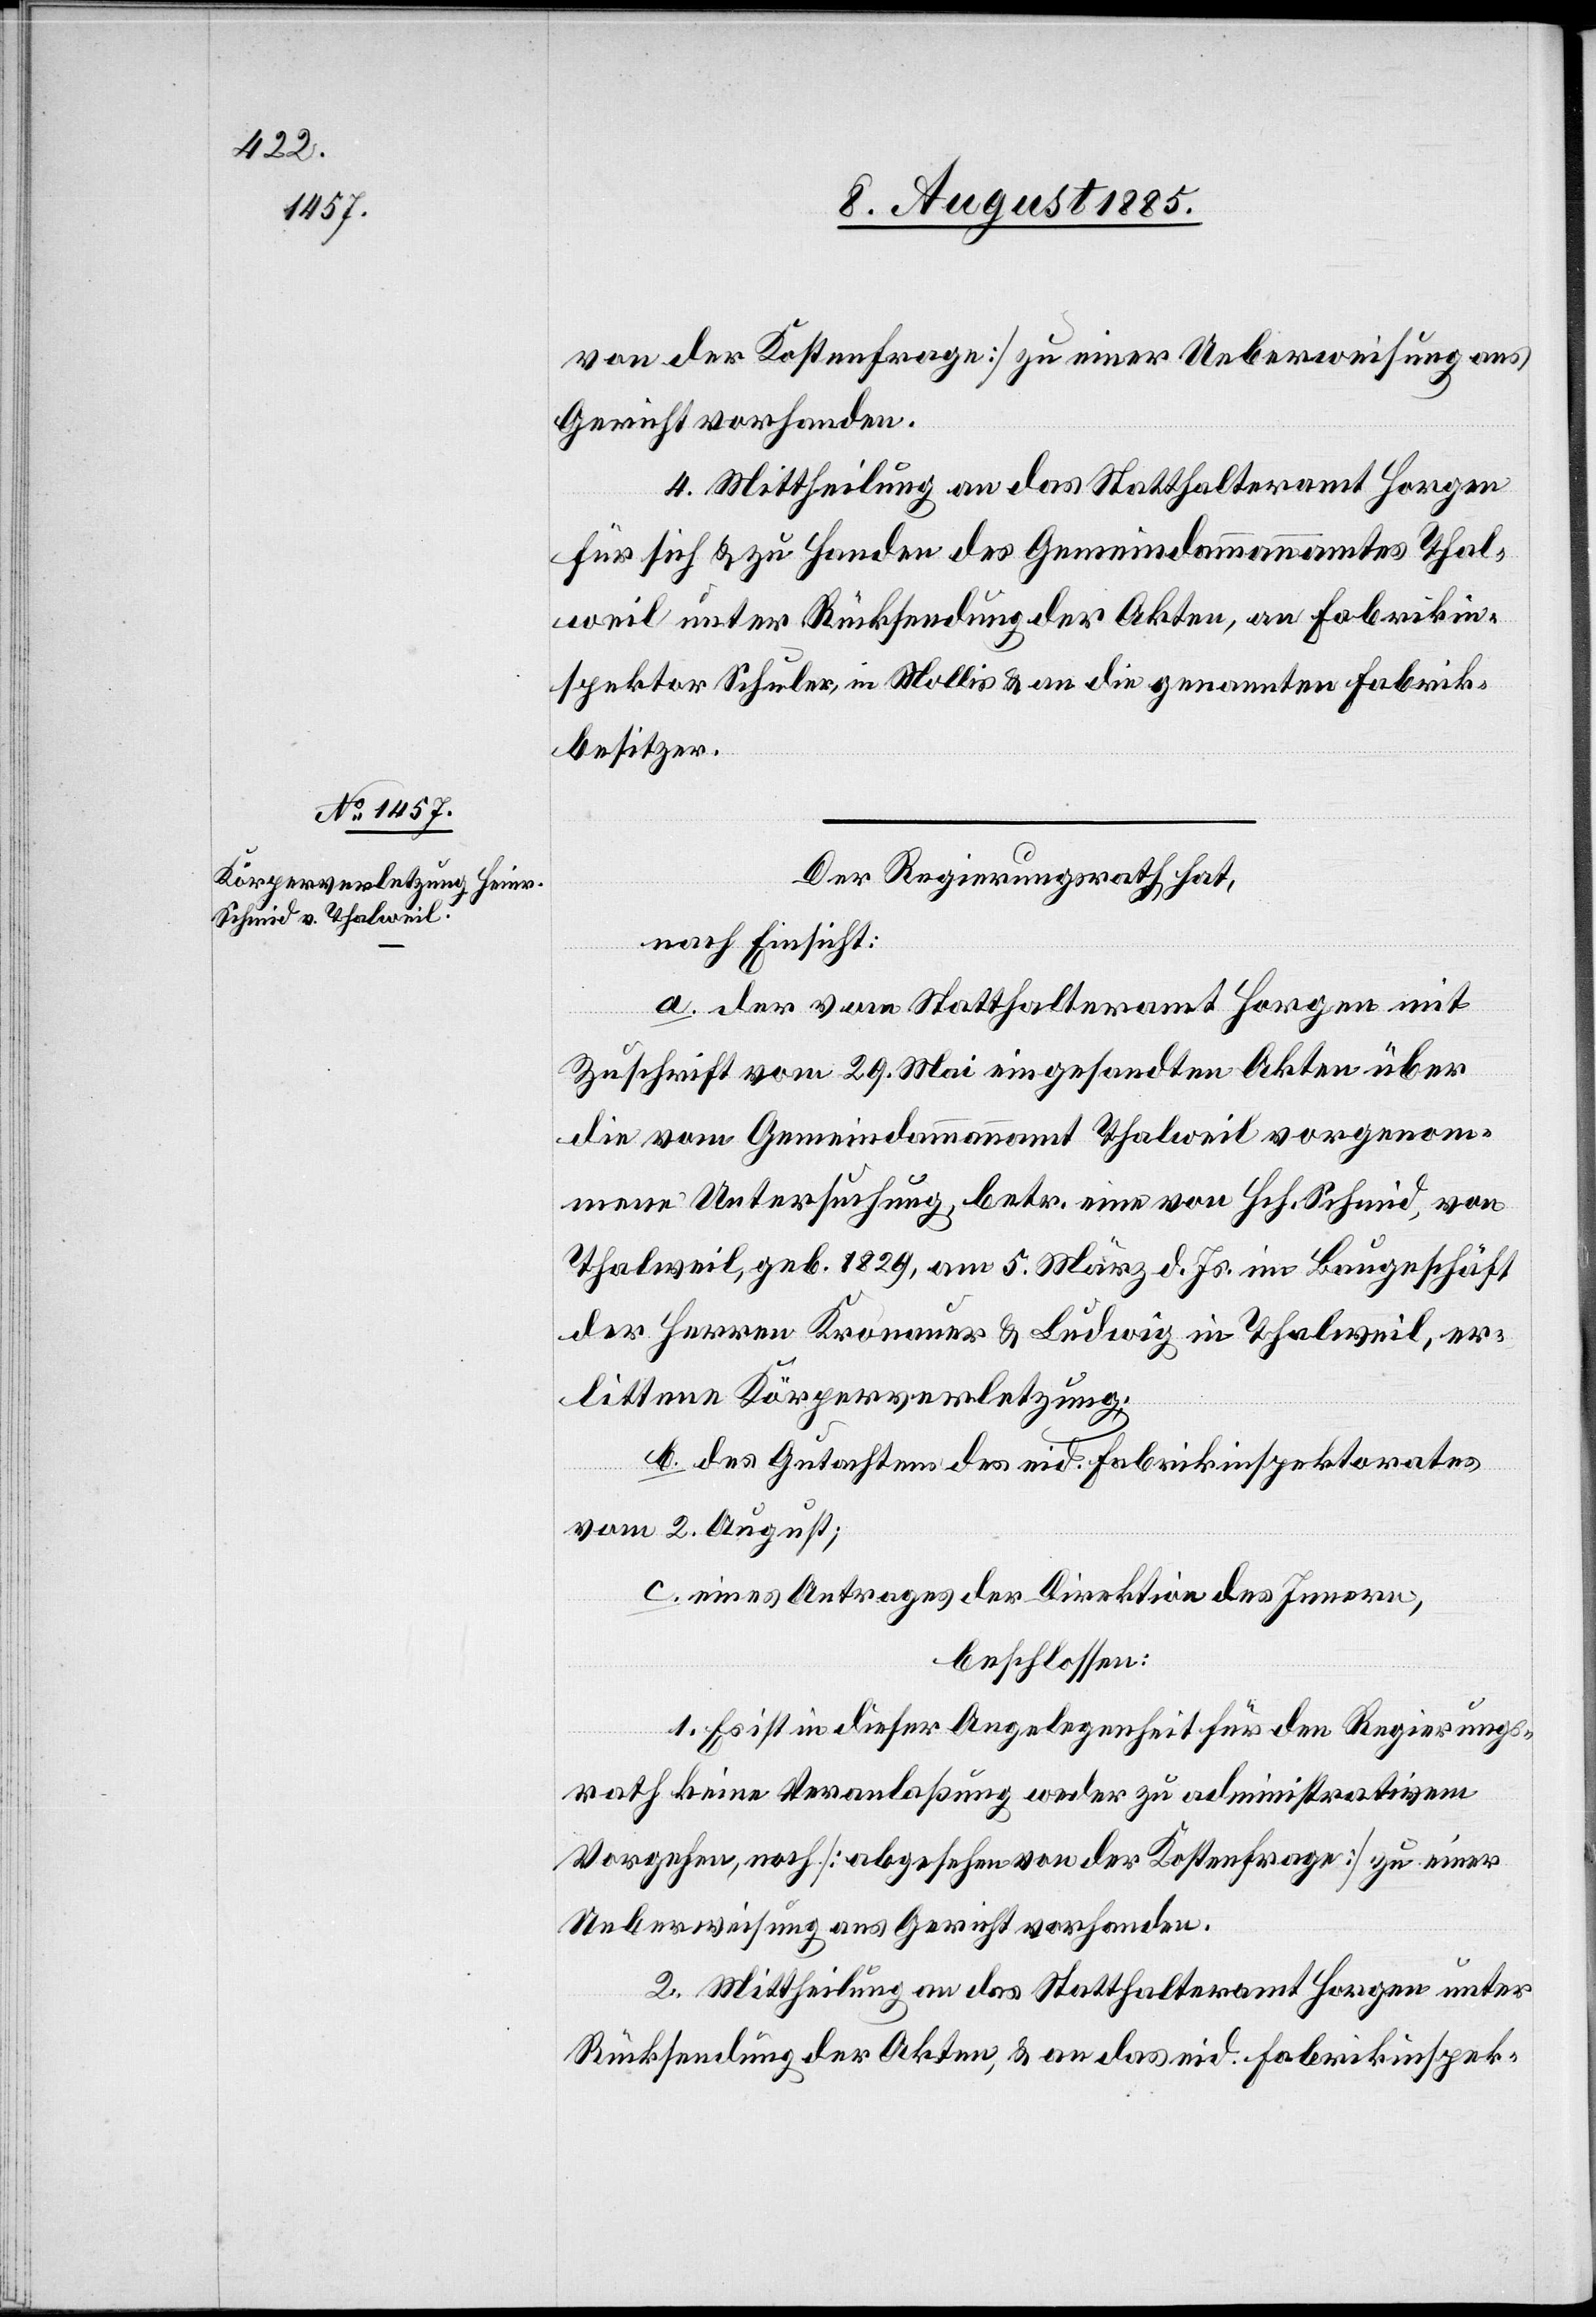
von der Kostenfrage] zu einer Ueberweisung ans
Gericht vorhanden.
4. Mittheilung an das Statthalteramt Horgen
für sich & zu Handen des Gemeindammannamtes Thal¬
weil unter Rücksendung der Akten, an Fabrikin¬
spektor Schuler, in Mollis & an die genannten Fabrik¬
besitzer.
Der Regierungsrath hat,
nach Einsicht:
a. der vom Statthalteramt Horgen mit
Zuschrift vom 29. Mai eingesandten Akten über
die vom Gemeindammannamt Thalweil vorgenom¬
mene Untersuchung, betr. eine von Hch. Schmid, von
Thalweil, geb. 1829, am 5. März d. Js. im Baugeschäft
der Herren Kronauer & Ludwig in Thalweil, er¬
littene Körperverletzung;
b. des Gutachtens des eid. Fabrikinspektorates
vom 2. August;
c. eines Antrages der Direktion des Innern,
beschlossen:
1. Es ist in dieser Angelegenheit für den Regierungs¬
rath keine Veranlaßung weder zu administrativem
Vorgehen, noch [abgesehen von der Kostenfrage] zu einer
Ueberweisung ans Gericht vorhanden.
2. Mittheilung an das Statthalteramt Horgen unter
Rücksendung der Akten, & an das eid. Fabrikinspek-